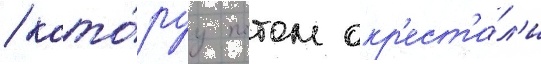
/ кото́руу потом окр'ест'и́л'и